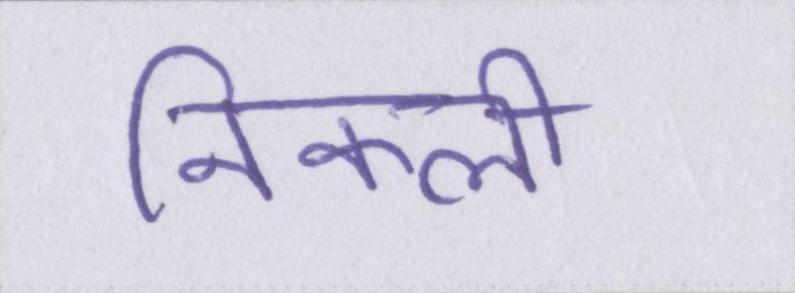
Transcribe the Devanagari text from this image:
निकली